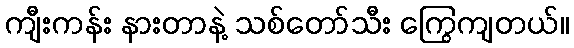
ကျီးကန်း နားတာနဲ့ သစ်တော်သီး ကြွေကျတယ်။